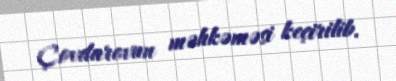
Çovdarovun məhkəməsi keçirilib.